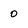
Character: 0